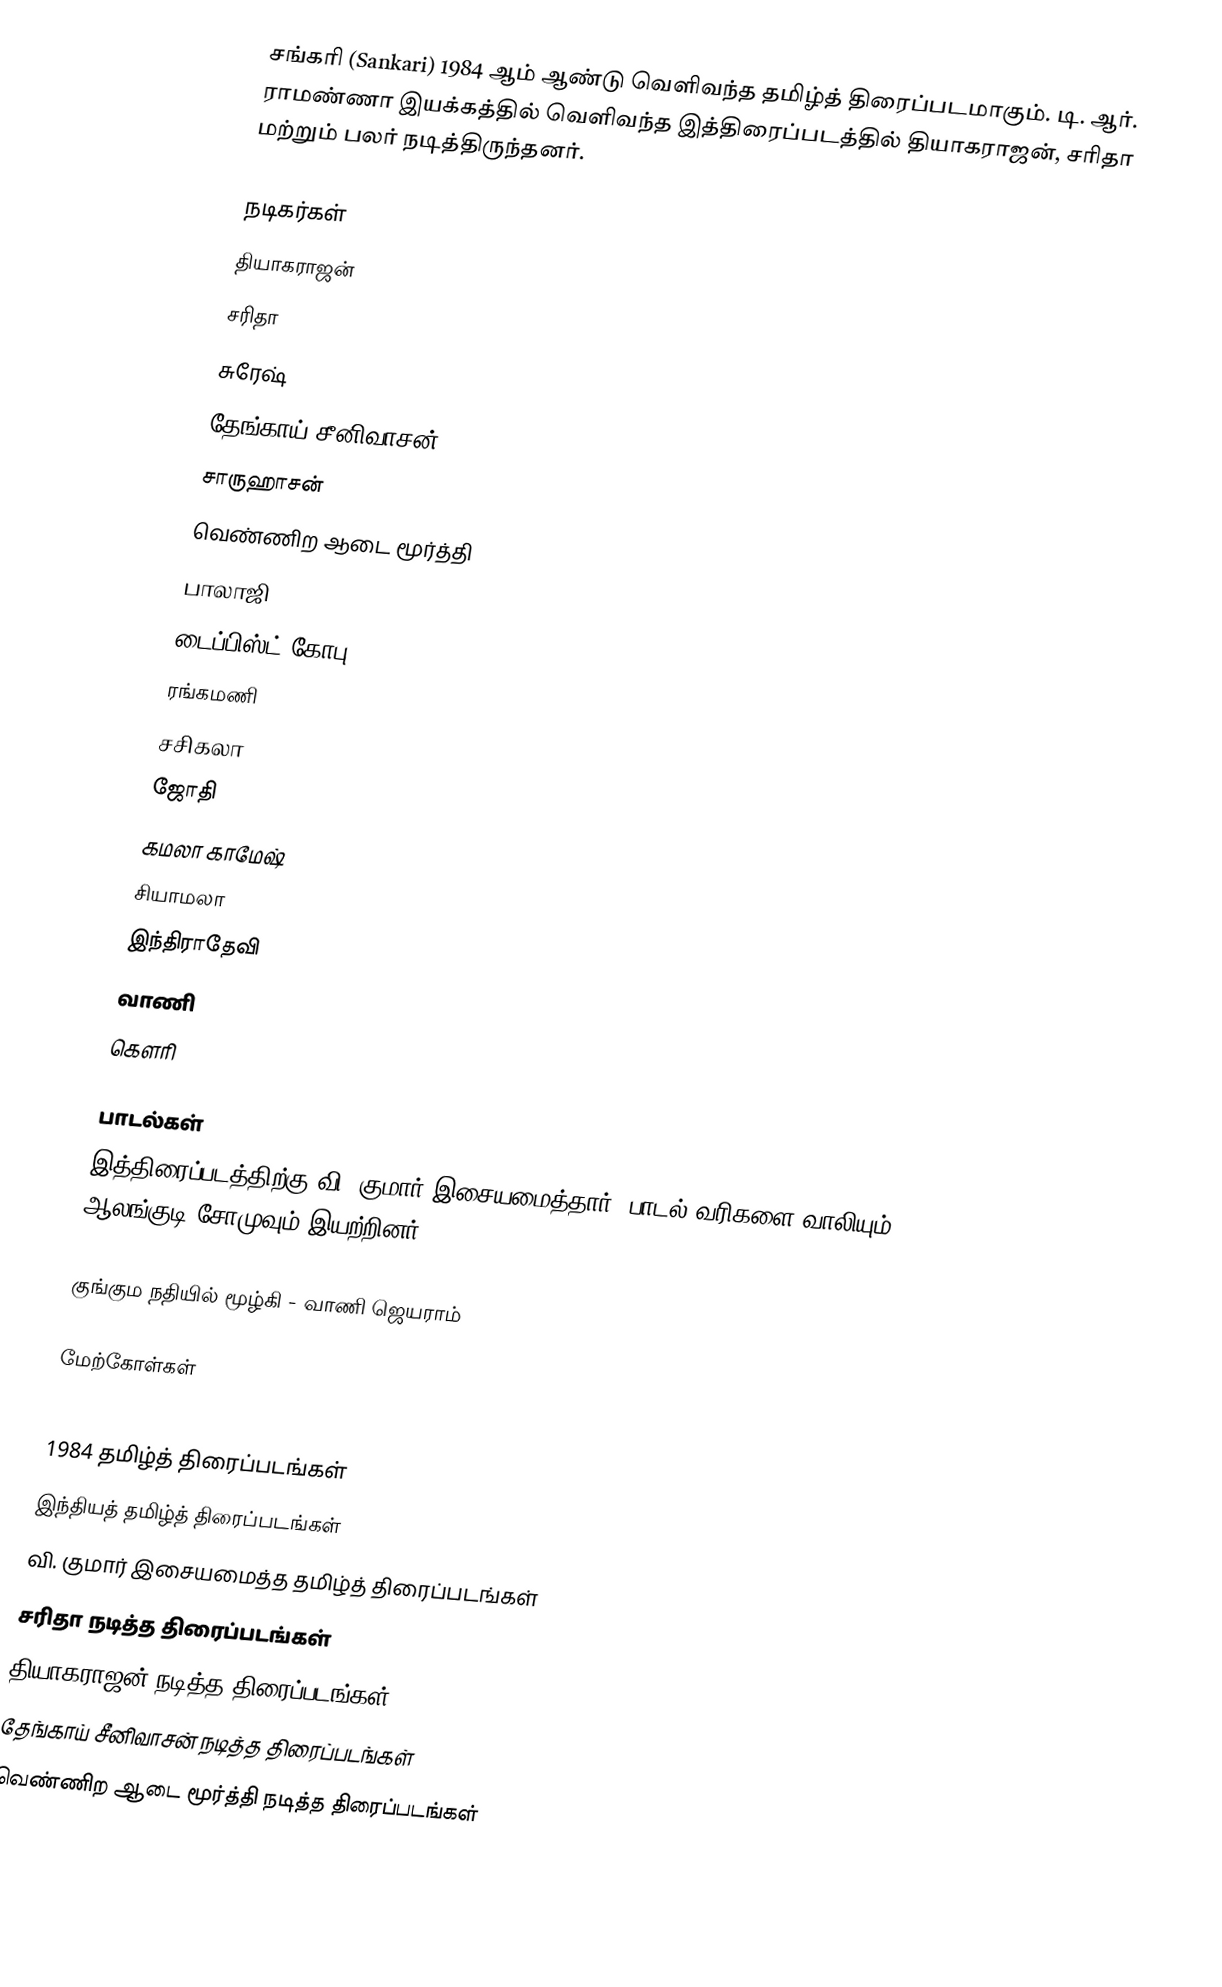
சங்கரி (Sankari) 1984 ஆம் ஆண்டு வெளிவந்த தமிழ்த் திரைப்படமாகும். டி. ஆர். ராமண்ணா இயக்கத்தில் வெளிவந்த இத்திரைப்படத்தில் தியாகராஜன், சரிதா மற்றும் பலர் நடித்திருந்தனர்.

நடிகர்கள்
 தியாகராஜன்
 சரிதா
 சுரேஷ்
 தேங்காய் சீனிவாசன்
 சாருஹாசன்
 வெண்ணிற ஆடை மூர்த்தி
 பாலாஜி
 டைப்பிஸ்ட் கோபு
 ரங்கமணி
 சசிகலா
 ஜோதி
 கமலா காமேஷ்
 சியாமலா
 இந்திராதேவி
 வாணி
 கௌரி

பாடல்கள்
இத்திரைப்படத்திற்கு வி. குமார் இசையமைத்தார். பாடல் வரிகளை வாலியும் ஆலங்குடி சோமுவும் இயற்றினர்.

 குங்கும நதியில் மூழ்கி - வாணி ஜெயராம்

மேற்கோள்கள்

1984 தமிழ்த் திரைப்படங்கள்
இந்தியத் தமிழ்த் திரைப்படங்கள்
வி. குமார் இசையமைத்த தமிழ்த் திரைப்படங்கள்
சரிதா நடித்த திரைப்படங்கள்
தியாகராஜன் நடித்த திரைப்படங்கள்
தேங்காய் சீனிவாசன் நடித்த திரைப்படங்கள்
வெண்ணிற ஆடை மூர்த்தி நடித்த திரைப்படங்கள்